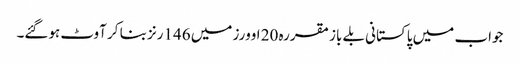
جواب میں پاکستانی بلے باز مقررہ 20 اوورز میں 146رنز بنا کر آوٹ ہوگئے۔